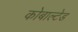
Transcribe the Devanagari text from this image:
कोबाल्टेड